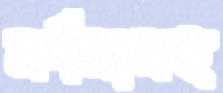
নর্দমাসহ